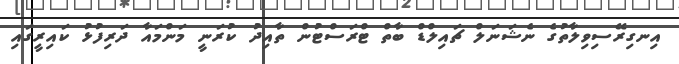
އިނގިރޭސިވިލާތުގެ ނެޝަނަލް ޗައިލްޑް ބާތް ޓްރަސްޓުން ތާއިދު ކުރަނީ މަންމައާ ދަރިފުޅު ކައިރީގައި